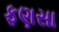
ફણસા